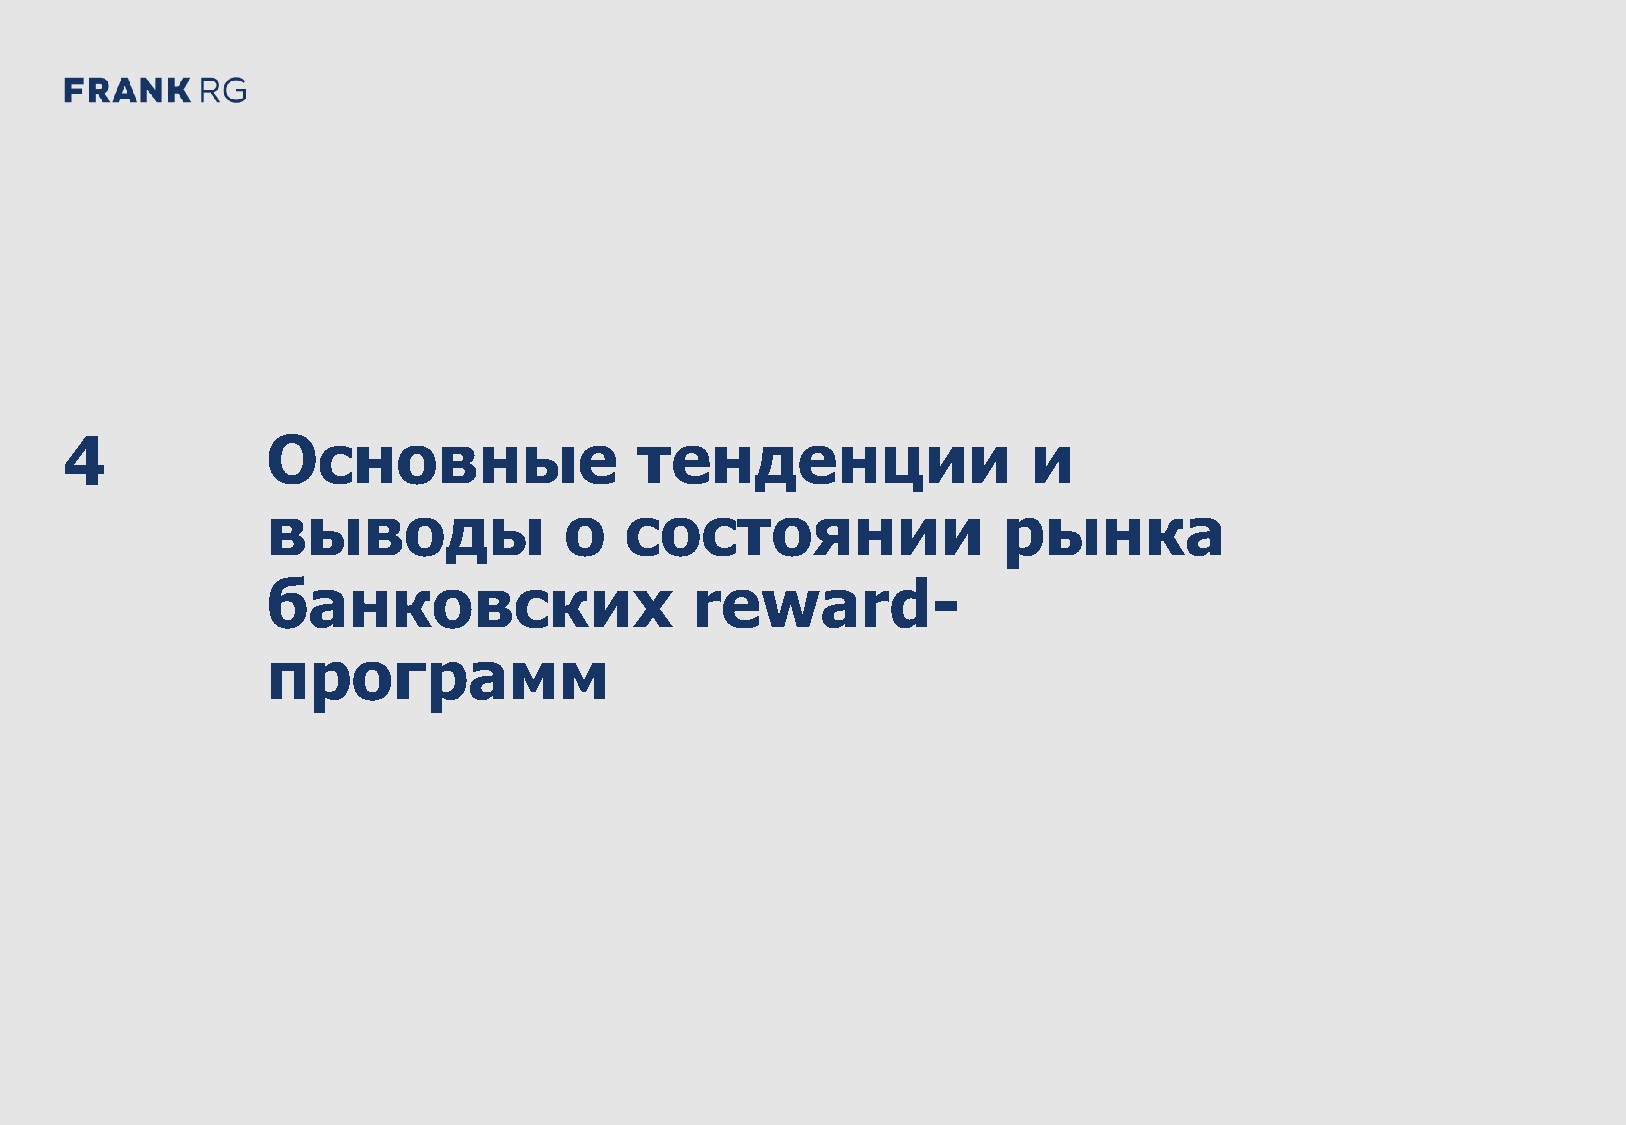
DEMO: Банковские дебетовые карты в России 2021 47
 4             Основные                тенденции                 и
 выводы             о   состоянии                рынка
 банковских                  reward-
 программ
 O
 M
 E
 D
 1
 2
 C
 D
 G
 R
 F